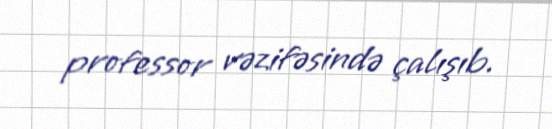
professor vəzifəsində çalışıb.